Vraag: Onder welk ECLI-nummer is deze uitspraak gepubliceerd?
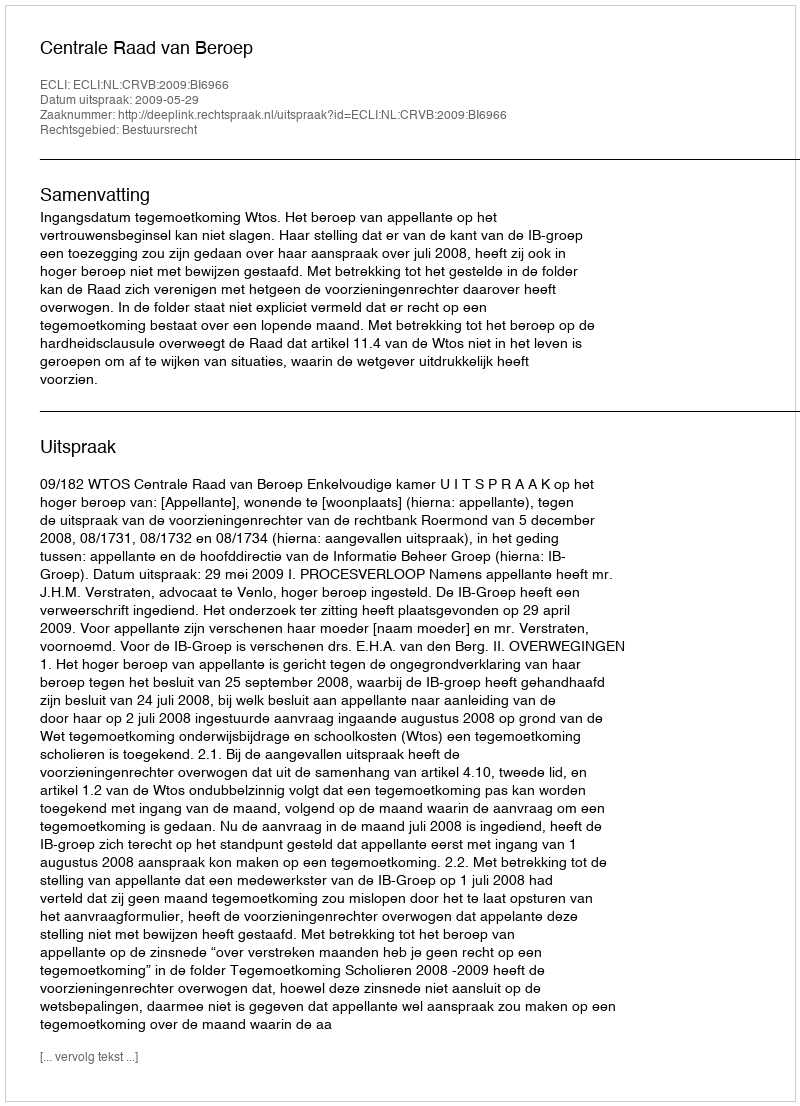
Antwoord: ECLI:NL:CRVB:2009:BI6966